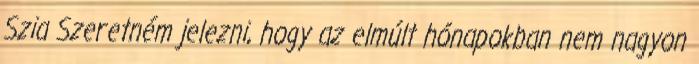
Szia Szeretném jelezni, hogy az elmúlt hónapokban nem nagyon